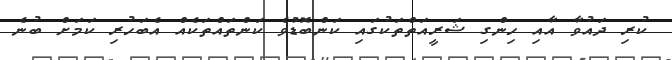
ކުރި ދައުވާ އާއި ހިންގި ޝަރީއަތްތަކުގައި ކަންބޮޑުވެ ކަންތައްތަކެއް އެބަހުރި ކަމަށް ބުނެ